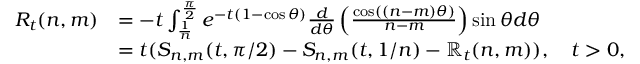
\begin{array} { r l } { R _ { t } ( n , m ) } & { = - t \int _ { \frac { 1 } { n } } ^ { \frac { \pi } { 2 } } e ^ { - t ( 1 - \cos \theta ) } \frac { d } { d \theta } \left( \frac { \cos ( ( n - m ) \theta ) } { n - m } \right) \sin \theta d \theta } \\ & { = t ( S _ { n , m } ( t , \pi / 2 ) - S _ { n , m } ( t , 1 / n ) - \mathbb { R } _ { t } ( n , m ) ) , \quad t > 0 , } \end{array}